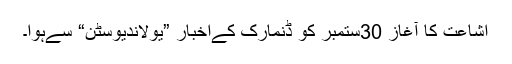
اشاعت کا آغاز 30ستمبر کو ڈنمارک کےاخبار ”یولاندیوسٹن“ سےہوا۔